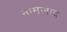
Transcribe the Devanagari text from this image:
नामजाद